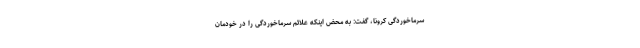
سرماخوردگی کرونا، گفت: به محض اینکه علائم سرماخوردگی را در خودمان